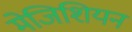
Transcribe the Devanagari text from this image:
मेजिशियन